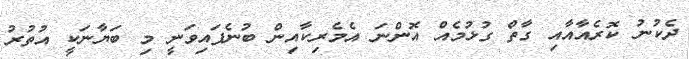
ދެކުނު ކޮރެއާއާއި ގާތް ގުޅުމެއް އޮންނަ އެމެރިކާއިން ބުނެފައިވަނީ މި ބަޔާނަކީ އުތުރު